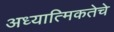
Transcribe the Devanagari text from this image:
अध्यात्मिकतेचे